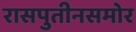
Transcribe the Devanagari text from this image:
रासपुतीनसमोर